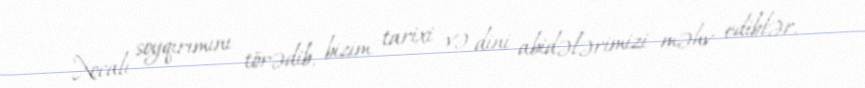
Xocalı soyqırımını törədib, bizim tarixi və dini abidələrimizi məhv ediblər.